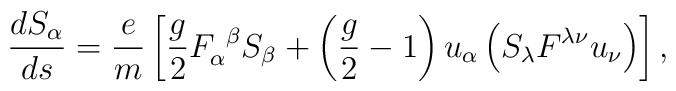
\frac{dS_\alpha }{ds}=\frac em\left[ \frac g2F_\alpha ^{\ \beta}S_\beta +\left( \frac g2-1\right) u_\alpha \left( S_\lambda F^{\lambda \nu}u_\nu \right) \right] ,